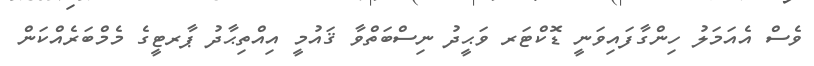
ވެސް އެއަމަލު ހިންގާފައިވަނީ ޑޮކްޓަރ ވަޙީދު ނިސްބަތްވާ ޤައުމީ އިއްތިޙާދު ޕާރޓީގެ މެމްބަރެއްކަން